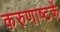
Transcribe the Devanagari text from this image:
करुणाष्टकें